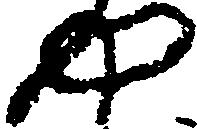
や